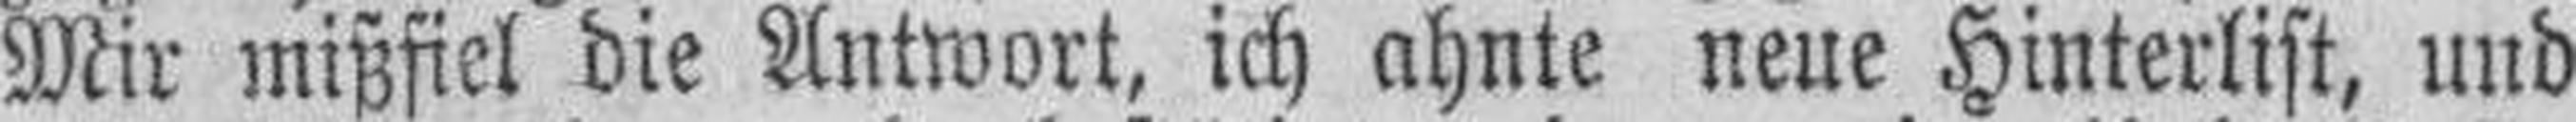
Mir mißfiel die Antwort, ich ahnte neue Hinterlist, und